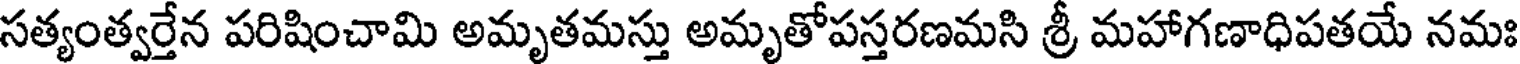
సత్యంత్వర్తేన పరిషించామి అమృతమస్తు అమృతోపస్తరణమసి శ్రీ మహాగణాధిపతయే నమః